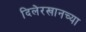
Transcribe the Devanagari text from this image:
दिलेरखानच्या